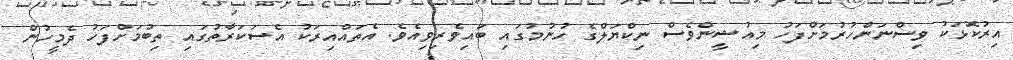
އިރުކޮޅަކު ވިސްނަންހުރުމަށްފަހު މިއުޝީންވެސް ނިކްޔަލްގެ ހުނުމުގައި ބައިވެރިވިއެވެ. އެތައްއިރަކު އެސަކަރާތުގައި ތިބުމަށްފަހު ދެމީހުން